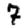
Digit: 7